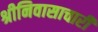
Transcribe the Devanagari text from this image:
श्रीनिवासाचारी